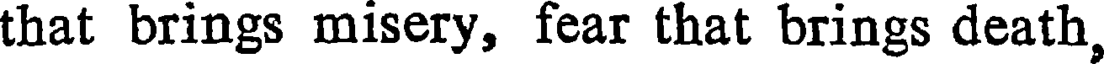
that brings misery, fear that brings death,